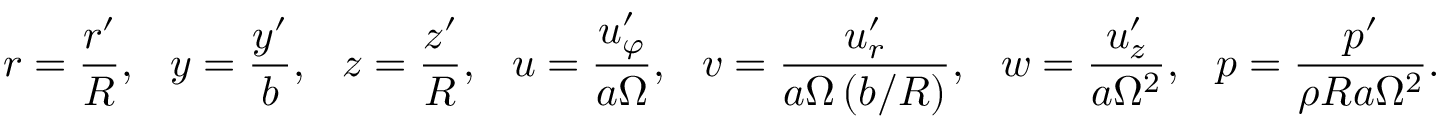
r = \frac { r ^ { \prime } } { R } , \ \ \ y = \frac { y ^ { \prime } } { b } , \ \ \ z = \frac { z ^ { \prime } } { R } , \ \ \ u = \frac { u _ { \varphi } ^ { \prime } } { a \Omega } , \ \ \ v = \frac { u _ { r } ^ { \prime } } { a \Omega \left( b / R \right) } , \ \ \ w = \frac { u _ { z } ^ { \prime } } { a \Omega ^ { 2 } } , \ \ \ p = \frac { p ^ { \prime } } { \rho R a \Omega ^ { 2 } } .